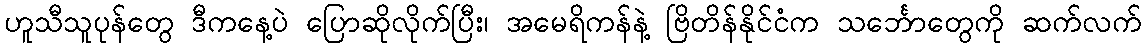
ဟူသီသူပုန်တွေ ဒီကနေ့ပဲ ပြောဆိုလိုက်ပြီး၊ အမေရိကန်နဲ့ ဗြိတိန်နိုင်ငံက သင်္ဘောတွေကို ဆက်လက်